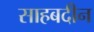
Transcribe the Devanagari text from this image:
साहबदीन